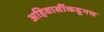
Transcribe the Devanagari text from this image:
अहिवासींकडूनच